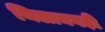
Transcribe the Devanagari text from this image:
थिलानगड़ी